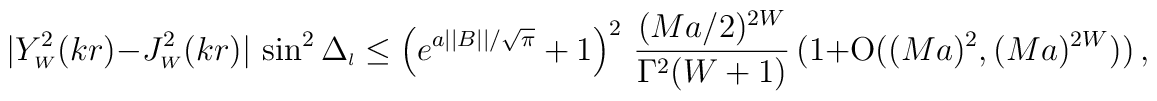
|Y_{\scriptscriptstyle{W}}^2(kr) - J_{\scriptscriptstyle{W}}^2(kr)|\,\sin^2 \Delta_{\scriptscriptstyle{l}}\leq\left(e^{a ||B||/ \sqrt \pi} + 1\right)^2\,\frac{ (M a/2)^{2W}}{\Gamma^2(W+1)}\,(1 + \mbox{O}(  (Ma)^2,(Ma)^{2W} ) )\,,